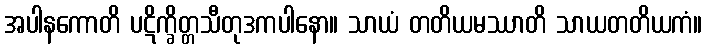
အပါနကောတိ ပဋိက္ခိတ္တသီတုဒကပါနော။ သာယံ တတိယမဿာတိ သာယတတိယကံ။